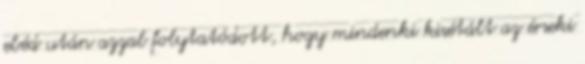
ebéd után azzal folytatódott, hogy mindenki kisétált az érseki